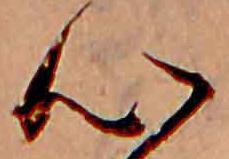
心